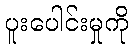
ပူးပေါင်းမှုကို